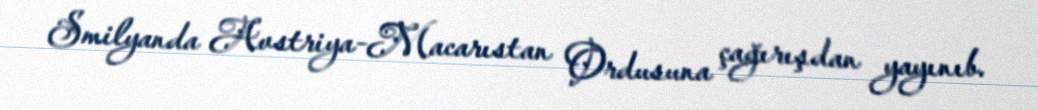
Smilyanda Avstriya-Macarıstan Ordusuna çağırışdan yayınıb.